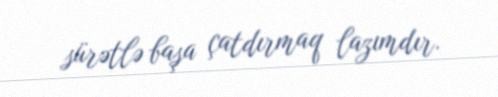
sürətlə başa çatdırmaq lazımdır.